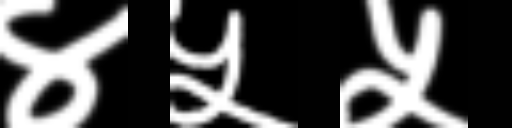
Text: ४५५